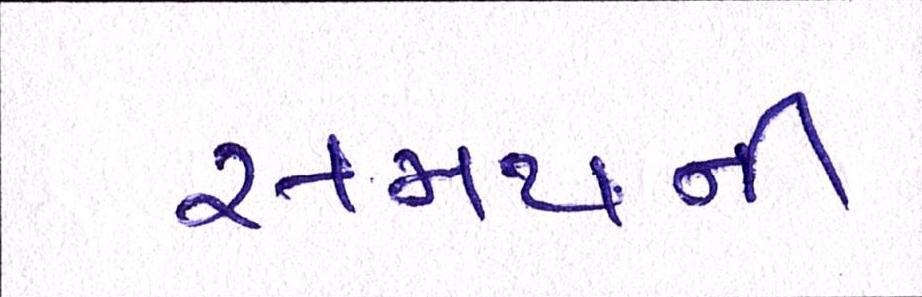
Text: સમયની